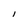
Character: I